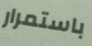
باستمرار